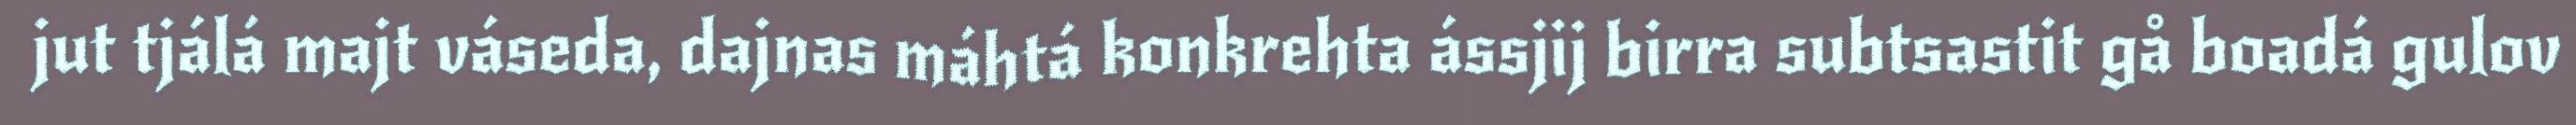
jut tjálá majt váseda, dajnas máhtá konkrehta ássjij birra subtsastit gå boadá gulov